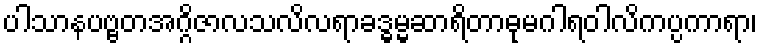
ပါသာနပဗ္ဗတအဂ္ဂိဇာလသလိလရာခဒ္ဓမ္မဆာရိတာဓုမဂါရဝါလိကပ္ပကာရာ၊